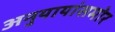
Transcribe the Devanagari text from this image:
अनुयायांसमोर